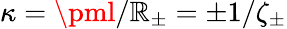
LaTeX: \kappa=\pml/\mathbb{R}_{\pm}=\pm1/\zeta_{\pm}